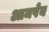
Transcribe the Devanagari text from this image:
आमपेय